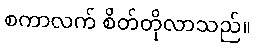
စကာလက် စိတ်တိုလာသည်။